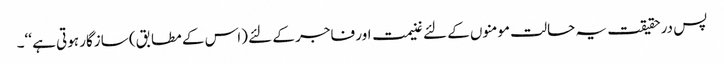
پس درحقیقت یہ حالت مومنوں کے لئے غنیمت اور فاجر کے لئے (اس کے مطابق) سازگار ہوتی ہے ‘‘۔